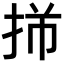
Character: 𫼩